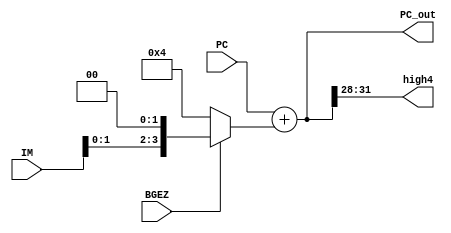
`timescale 1ns / 1ps
//////////////////////////////////////////////////////////////////////////////////
// Company: 
// Engineer: 
// 
// Design Name: 
// Module Name: NPC
// Project Name: 
// Target Devices: 
// Tool Versions: 
// Description: 
// 
// Dependencies: 
// 
// Revision:
// Revision 0.01 - File Created
// Additional Comments:
// 
//////////////////////////////////////////////////////////////////////////////////


module NPC(
    input [15:0] IM,
    input BGEZ,
    input [31:0] PC,
    output [3:0] high4,
    output [31:0] PC_out
    );
    wire [31:0] IM_Ext;
    wire [31:0] IM_left;
    wire [3:0] plus;
    
    assign #1 IM_Ext[15:0] = IM;
    assign #1 IM_left = IM_Ext<<2;
    assign #1 PC_out = PC+plus;
    assign #1 high4 = PC_out[31:28];
    assign #1 plus = BGEZ?IM_left:4;

endmodule